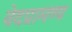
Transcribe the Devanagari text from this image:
वेदप्रामण्य